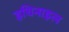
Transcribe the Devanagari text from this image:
इथिनाइल